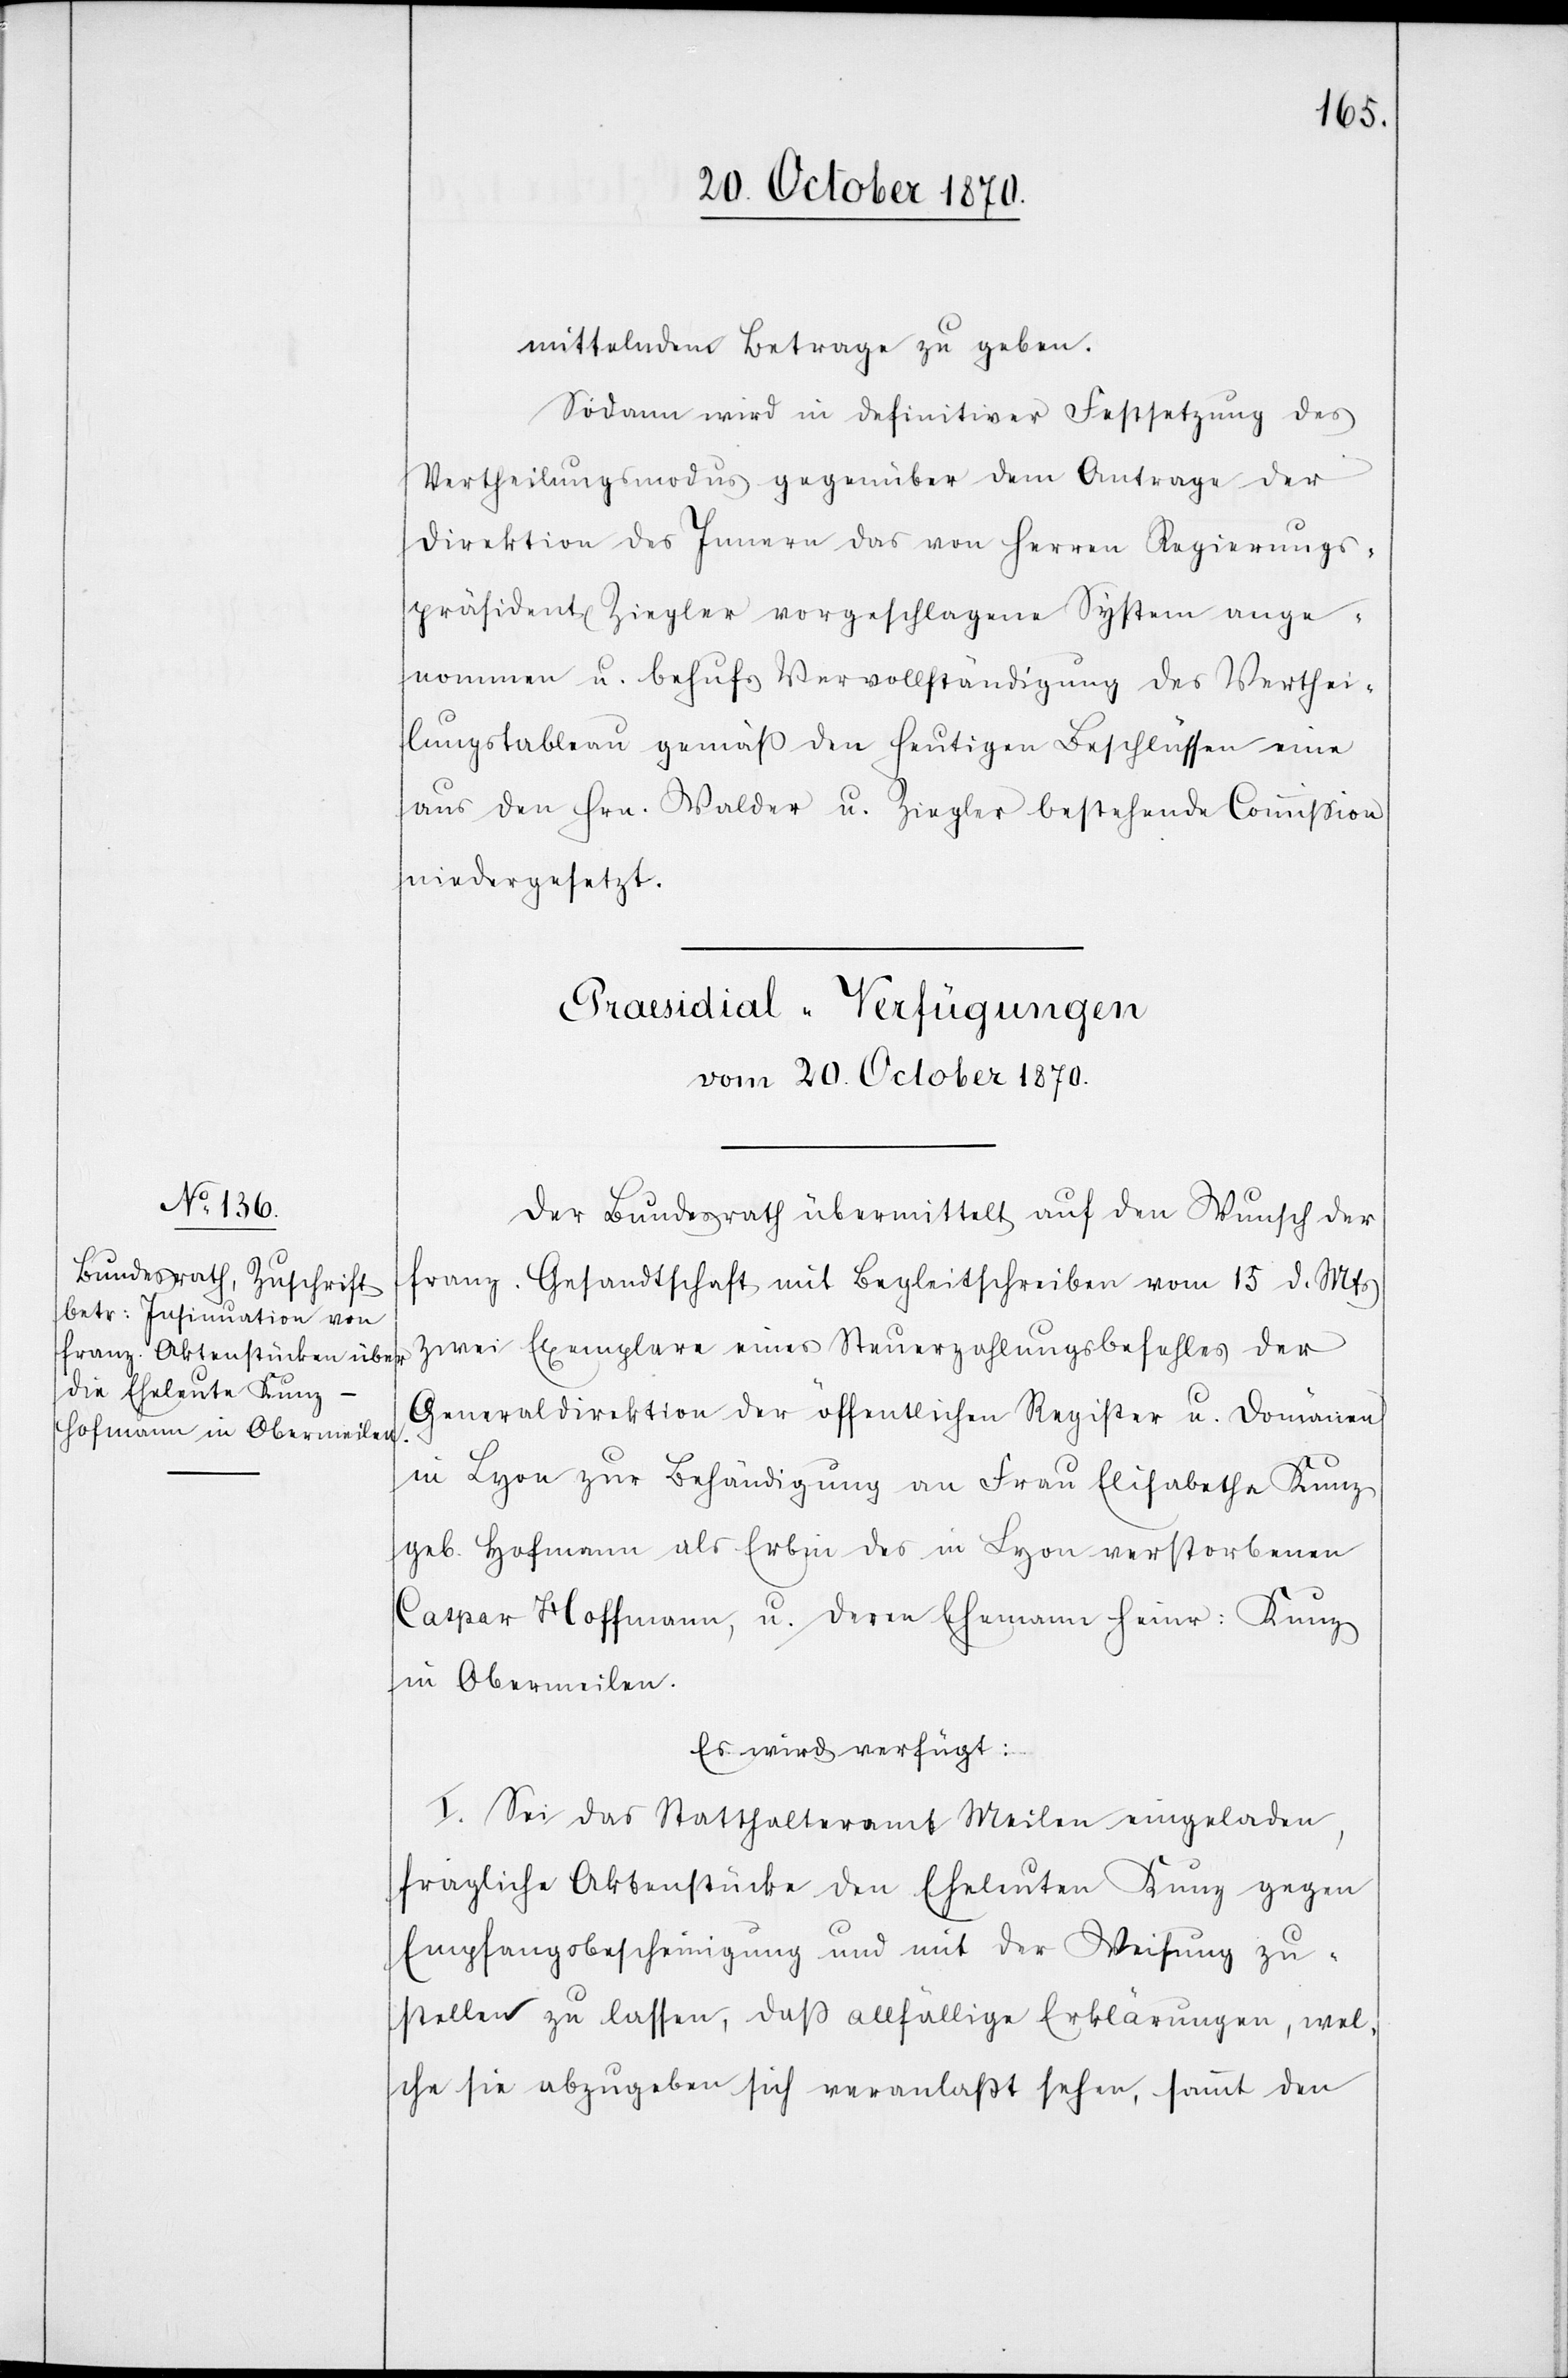
mittelndem Betrage zu geben.
Sodann wird in definitiver Festsetzung des
Vertheilungsmodus gegenüber dem Antrage der
Direktion des Innern das von Herren Regierungs¬
präsident Ziegler vorgeschlagene System ange¬
nommen u. behufs Vervollständigung des Verthei¬
lungstableau gemäß den heutigen Beschlüssen eine
aus den Hrn. Walder u. Ziegler bestehende Commißion
niedergesetzt.
Praesidial-Verfügungen
vom 20. October 1870.
Der Bundesrath übermittelt auf den Wunsch der
franz. Gesandtschaft mit Begleitschreiben vom 15 d. Mts
zwei Exemplare eines Steuerzahlungsbefehles der
Generaldirektion der öffentlichen Register u. Domänen
in Lyon zur Behändigung an Frau Elisabethe Kunz
geb. Hofmann als Erbin des in Lyon verstorbenen
Caspar Hoffmann, u. deren Ehemann Heinr: Kunz
in Obermeilen.
Es wird verfügt:
I. Sei das Statthalteramt Meilen eingeladen,
fragliche Aktenstücke den Eheleuten Kunz gegen
Empfangsbescheinigung und mit der Weisung zu¬
stellen zu lassen, daß allfällige Erklärungen, wel¬
che sie abzugeben sich veranlaßt sehen, sammt den